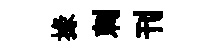
掾刺刊